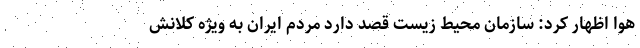
هوا اظهار کرد: سازمان محیط زیست قصد دارد مردم ایران به ویژه کلانش